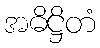
အဓိဋ္ဌိတံ